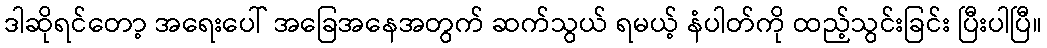
ဒါဆိုရင်တော့ အရေးပေါ် အခြေအနေအတွက် ဆက်သွယ် ရမယ့် နံပါတ်ကို ထည့်သွင်းခြင်း ပြီးပါပြီ။